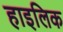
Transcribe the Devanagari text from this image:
हाइलिक